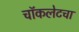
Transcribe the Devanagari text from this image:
चॉकलेटचा